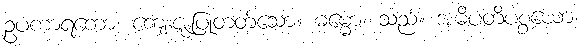
ဥပကာရကော၊ ကျေးဇူးပြုတတ်သော။ ဓမ္မော၊ သည်။ အဓိပတိပစ္စယော၊